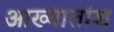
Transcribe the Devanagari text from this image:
आख्यातांश